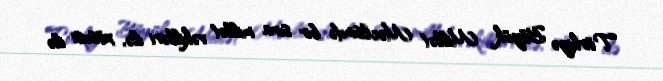
Türkiyə Böyük Millət Məclisində bir sıra millət vəkilləri ilə, xüsusi ilə